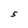
Character: s